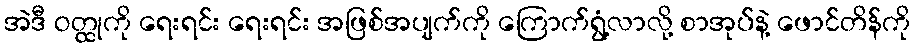
အဲဒီ ဝတ္ထုကို ရေးရင်း ရေးရင်း အဖြစ်အပျက်ကို ကြောက်ရွံ့လာလို့ စာအုပ်နဲ့ ဖောင်တိန်ကို